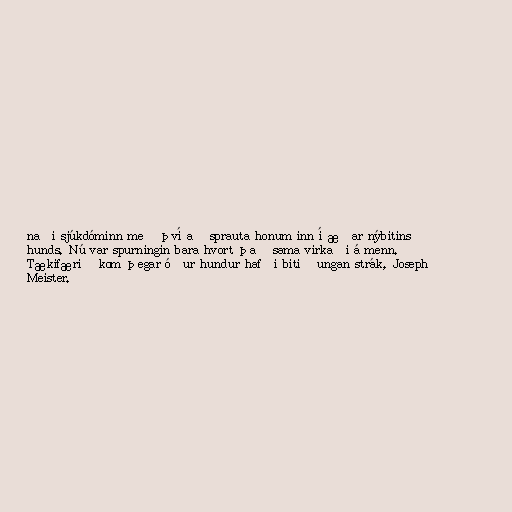
naði sjúkdóminn með því að sprauta honum inn í æðar nýbitins
hunds. Nú var spurningin bara hvort það sama virkaði á menn.
Tækifærið kom þegar óður hundur hafði bitið ungan strák, Joseph
Meister.